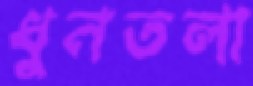
ধুনতলা